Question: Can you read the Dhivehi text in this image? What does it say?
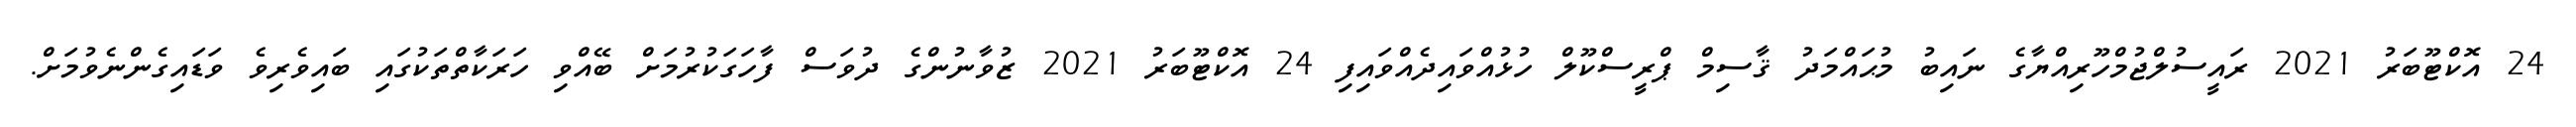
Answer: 24 އޮކްޓޫބަރު 2021 ރައީސުލްޖުމްހޫރިއްޔާގެ ނައިބު މުޙައްމަދު ޤާސިމް ޕްރީސްކޫލް ހުޅުއްވައިދެއްވައިފި 24 އޮކްޓޫބަރު 2021 ޒުވާނުންގެ ދުވަސް ފާހަގަކުރުމަށް ބޭއްވި ހަރަކާތްތަކުގައި ބައިވެރިވެ ވަޑައިގެންނެވުމަށް.